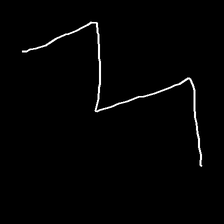
Glyph: crush